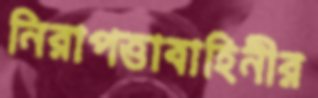
নিরাপত্তাবাহিনীর